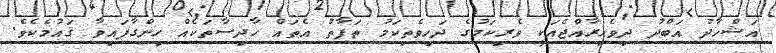
އަޝްހާދު އަބްދު ދިވެހިރާއްޖެއަކީ ވެރިކަމުގެ ދަހިވެތިކަމު ތަފާތު އެތައް ހާދިސާތަކެއް ހިންގާފައިވާ ޤައުމެކެވެ.